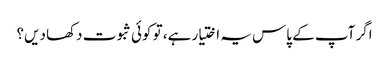
اگر آپ کے پاس یہ اختیار ہے، تو کوئی ثبوت دکھا دیں؟